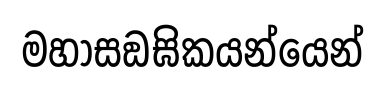
මහාසඞඝිකයන්යෙන්